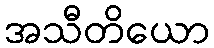
အသီတိယော